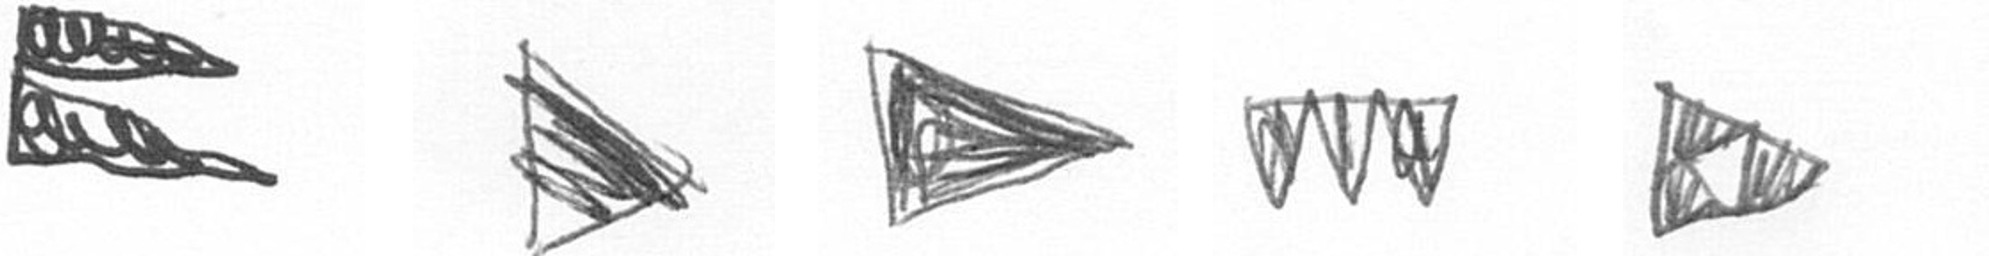
P T T L K